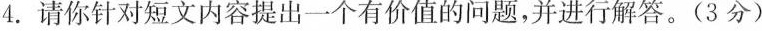
4.请你针对短文内容提出一个有价值的问题，并进行解答。(3分)